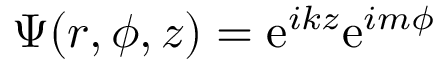
\Psi ( r , \phi , z ) = \mathrm { e } ^ { i k z } \mathrm { e } ^ { i m \phi }